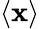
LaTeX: \langle\mathbf{x}\rangle